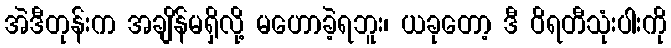
အဲဒီတုန်းက အချိန်မရှိလို့ မဟောခဲ့ရဘူး၊ ယခုတော့ ဒီ ဝိရတီသုံးပါးကို